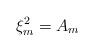
LaTeX: \begin{align*}\xi_m^2=A_m\end{align*}